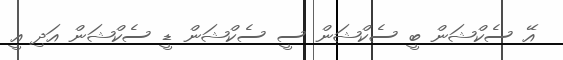
އޭ ސެކްޝަން ބީ ސެކްޝަން ސީ ސެކްޝަން ޑީ ސެކްޝަން އަދި އީ